Civil Veterinary Dept. North-West Frontier Province 1933-46 - 1933-1946
Year: 1933
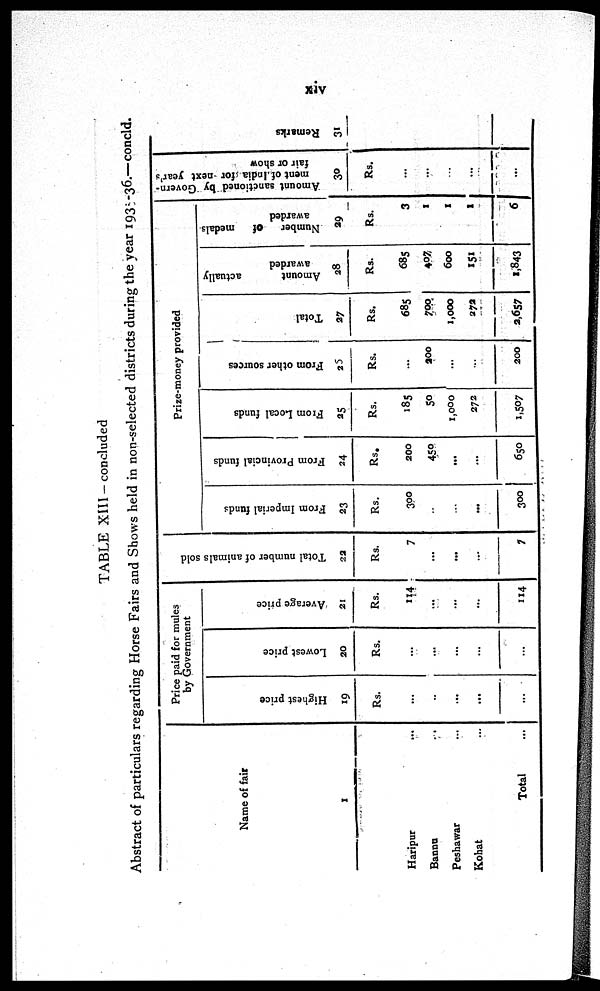
xiv
TABLE Xlll-concluded
Abstract of particulars regarding Horse Fairs and Shows held in non-selected districts during the year 1935-36.—concld.
Name of fair
1
Haripur ...
Bannu ...
Peshawar ...
Kohat ...
Total ...
Price paid for mules
by Government
Highest price
19
Rs.
...
...
...
...
...
Lowest price
20
Rs.
...
...
...
...
...
Average price
21
Rs.
114
...
...
...
114
Total number of animals sold
22
Rs.
7
...
...
...
7
Pr i
z e -
mone y pr ovi de d
From Imperial funds
23
Rs.
300
...
...
...
300
From Provincial funds
24
Rs.
200
450
...
...
650
From
Local funds
25
Rs.
185
50
1,000
272
1,507
From other sources
26
Rs.
...
900
...
...
200
Total
27
Rs.
685
700
1,000
272
3,657
Amount
actually
awarded
28
Rs.
685
407
600
151
1,843
Number
of
medals
awarded
29
Rs.
3
1
1
1
6
Amount sanctioned by Govern-
ment of India ;for next year's
fair or show
30
Rs.
...
...
...
...
Remarks
31